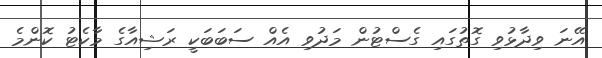
އޭނަ ވިދާޅުވި ގޮތުގައި ގެސްޓުން މަދުވި އެއް ސަބަބަކީ ރަޝިއާގެ މާކެޓު ކޮންމެ